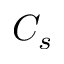
C _ { s }